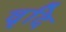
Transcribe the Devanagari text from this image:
वृदि